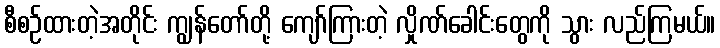
စီစဉ်ထားတဲ့အတိုင်း ကျွန်တော်တို့ ကျော်ကြားတဲ့ လှိုဏ်ခေါင်းတွေကို သွား လည်ကြမယ်။